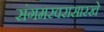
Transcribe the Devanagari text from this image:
संगमरवरासारखे